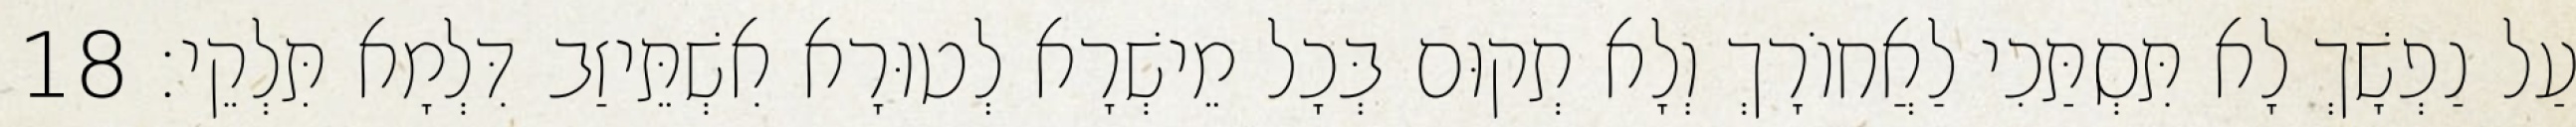
עַל נַפְשָׁךְ לָא תִּסְתַּכִי לַאֲחוֹרָךְ וְלָא תְקוּם בְּכָל מֵישְׁרָא לְטוּרָא אִשְׁתֵּיזַב דִּלְמָא תִּלְקֵי׃ 18